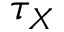
\tau _ { X }